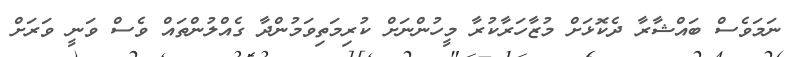
ނަމަވެސް ބައްޝާރާ ދެކޮޅަށް މުޒާހަރާކުރާ މީހުންނަށް ކުރިމަތިވަމުންދާ ގެއްލުންތައް ވެސް ވަނީ ވަރަށް